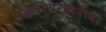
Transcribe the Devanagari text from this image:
पल्लवांबरोबरच्या